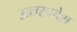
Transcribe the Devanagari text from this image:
उत्‍तरप्रदेश